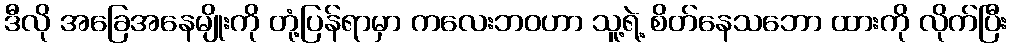
ဒီလို အခြေအနေမျိုးကို တုံ့ပြန်ရာမှာ ကလေးဘဝဟာ သူ့ရဲ့ စိတ်နေသဘော ထားကို လိုက်ပြီး